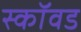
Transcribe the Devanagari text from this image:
स्कॉवड